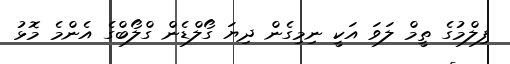
ފިލްމުގެ ތީމް ލަވަ އަކީ ނިމިގެން ދިޔަ ގޯލްޑެން ގްލޯބްގެ އެންމެ މޮޅު